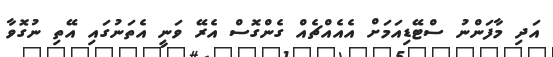
އަދި މާފަންނު ސްޓޭޑިއަމަށް އެއެއްޗެއް ގެންގޮސް އެރޭ ވަނީ އެތަނުގައި އޭތި ނުގޮވާ